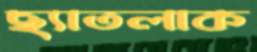
ছ্যাতলাক